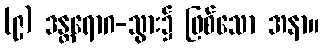
(၉) ဒန္တရောဂ-သွား၌ ဖြစ်သော အနာ။